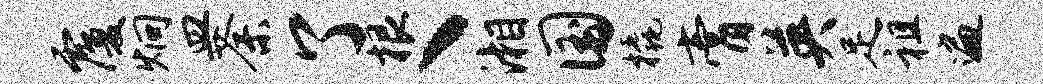
覆炯皿荼了根丶湘国橇膏英足祖遍